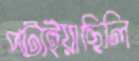
পটাইয়াছিলি